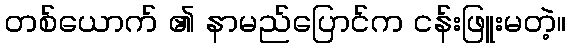
တစ်ယောက် ၏ နာမည်ပြောင်က ငန်းဖြူးမတဲ့။